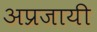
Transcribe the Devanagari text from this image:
अप्रजायी